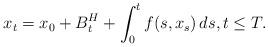
LaTeX: \begin{align*} x_t = x_0 + B_t^H + \int_0^t f(s,x_s)\,ds, t\leq T. \end{align*}